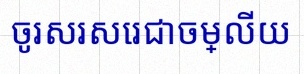
ចូរសរសេរជាចម្លើយ